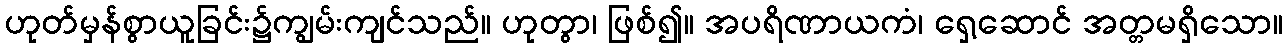
ဟုတ်မှန်စွာယူခြင်း၌ကျွမ်းကျင်သည်။ ဟုတွာ၊ ဖြစ်၍။ အပရိဏာယကံ၊ ရှေ့ဆောင် အတ္တမရှိသော။